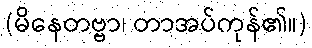
(မိနေတဗ္ဗာ၊ တာအပ်ကုန်၏။)